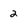
Character: 2